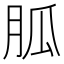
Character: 胍